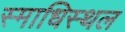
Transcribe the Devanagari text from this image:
स्माधिस्थल